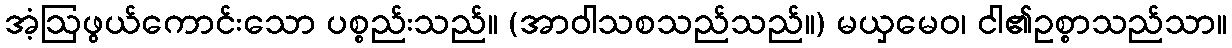
အံ့ဩဖွယ်ကောင်းသော ပစ္စည်းသည်။ (အာဝါသစသည်သည်။) မယှမေဝ၊ ငါ၏ဥစ္စာသည်သာ။